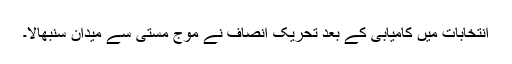
انتخابات میں کامیابی کے بعد تحریک انصاف نے موج مستی سے میدان سنبھالا۔